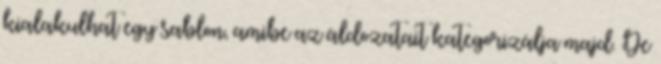
kialakulhat egy sablon, amibe az áldozatait kategorizálja majd. De